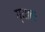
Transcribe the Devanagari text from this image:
ग्यातः